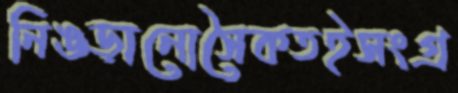
নিঙড়ানোসৈকতইসংগ্র